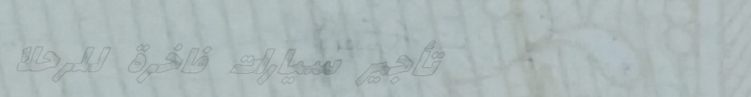
تأجير سيارات فاخرة للرحلا